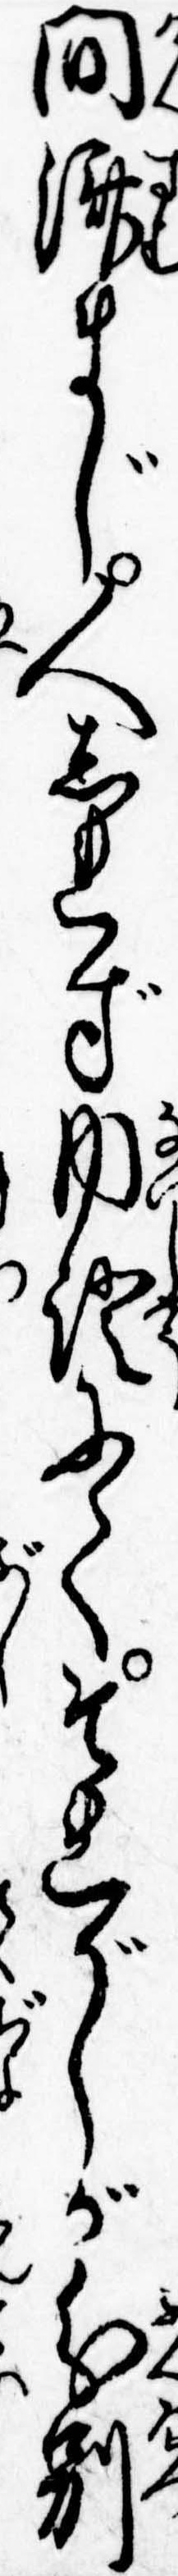
間済まじ人しれず内証にてそれがしが分別